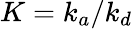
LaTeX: K=k_{a}/k_{d}